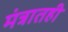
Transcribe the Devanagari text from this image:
मंत्रातही